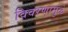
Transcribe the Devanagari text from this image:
विवरणामुळे